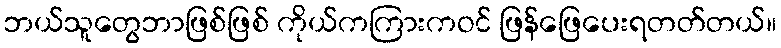
ဘယ်သူတွေဘာဖြစ်ဖြစ် ကိုယ်ကကြားကဝင် ဖြန်ဖြေပေးရတတ်တယ်။